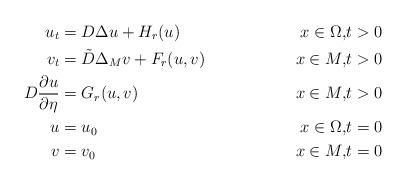
LaTeX: \begin{align*}u_t &= D\Delta u+H_r(u)& x\in \Omega,& t>0 \\ v_t&= \tilde D\Delta_{M} v+F_r(u,v)& x\in M,&t>0 \\ D\frac{\partial u}{\partial \eta} &=G_r(u,v)& x\in M, &t>0\\ u&=u_0 & x\in\Omega ,&t=0\\ v&=v_0 & x\in M ,& t=0\end{align*}